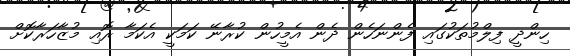
ހިންދީ ފިލްމުތަކުގައި ފެންނަހެން ދެން އެމީހުން ކުރާނޭ ކަމަކީ އެކަމާ ރޮއި މުޒާހަރާކޮށް